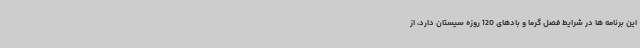
این برنامه ها در شرایط فصل گرما و بادهای 120 روزه سیستان دارد، از